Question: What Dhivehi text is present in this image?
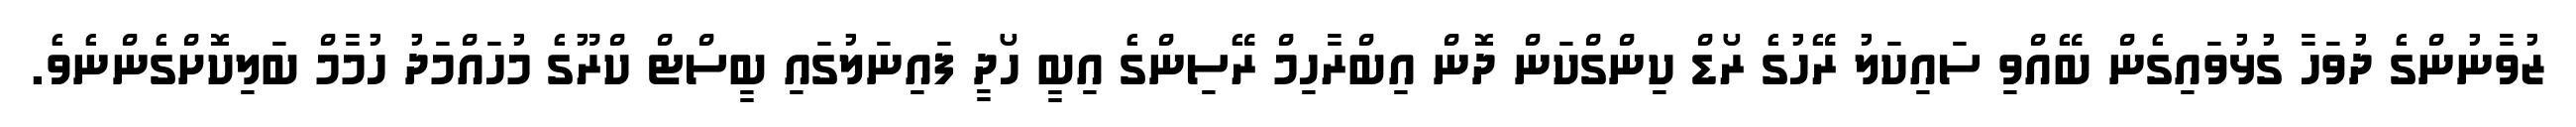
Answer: ޒުވާނުންގެ ދުވަހާ ގުޅުވައިގެން ބޭއްވި ސައިކަލު ރޭހުގެ ރޯޑް ކިންގްކަން ދޮން އިބްރާހިމް ރޭސިންގެ އިބީ ހޯދީ ފައިނަލުގައި ބީސްޓް ކްރޫގެ މުހައްމަދު ހުމާމް ބަލިކޮށްގެންނެވެ.